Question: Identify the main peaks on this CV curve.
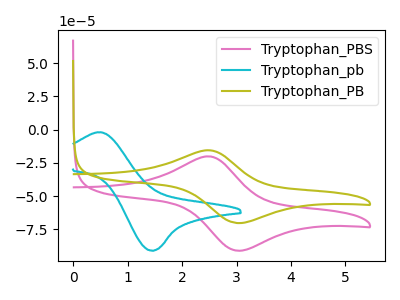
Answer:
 <answer>The pink curve "Tryptophan_PBS" has an anodic peak at (2.50V, -20.10uA) and a cathodic peak at (3.00V, -91.15uA). The cyan curve "Tryptophan_pb" has an anodic peak at (0.55V, -2.10uA) and a cathodic peak at (1.45V, -91.20uA). The olive curve "Tryptophan_PB" has an anodic peak at (2.50V, -15.55uA) and a cathodic peak at (3.00V, -70.35uA).</answer>
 <eval></eval>